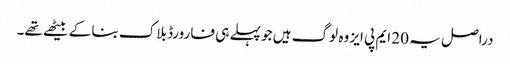
دراصل یہ 20 ایم پی ایز وہ لوگ ہیں جو پہلے ہی فارورڈ بلاک بنا کے بیٹھے تھے۔